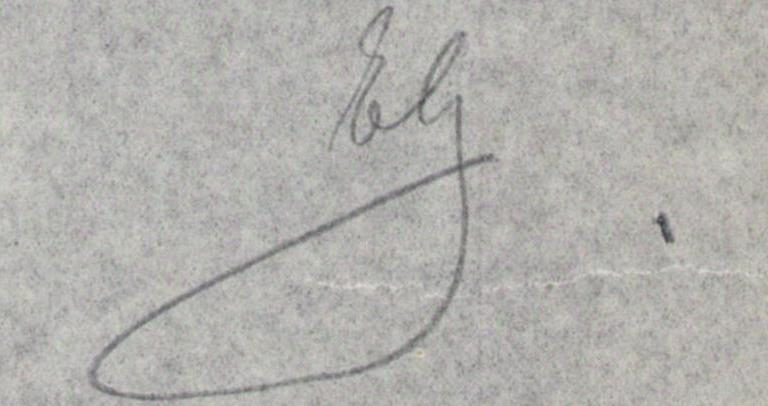
EG